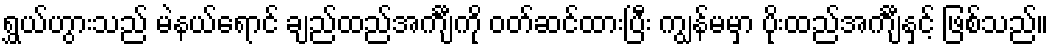
ရွှယ်ဟွားသည် မဲနယ်ရောင် ချည်ထည်အင်္ကျီကို ဝတ်ဆင်ထားပြီး ကျွန်မမှာ ပိုးထည်အင်္ကျီနှင့် ဖြစ်သည်။